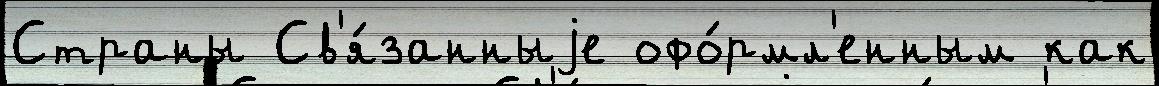
Страны Св'я́занныjе офо́рмл'енным как